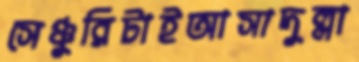
সেঞ্চুরিটাইআসাদুল্লা